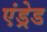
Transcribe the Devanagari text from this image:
एंड्रेड